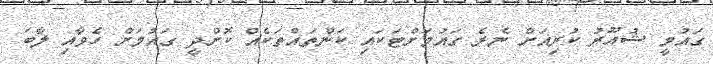
ގައުމީ ޝުއޫރު ކުރިއަށް ނެރެ ގައުމަށްޓަކައި ކަންތައްތަކެއް ކޮށްދީ ގައުމަށް ހެވާއި ލާބަ